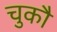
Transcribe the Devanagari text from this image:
चुकौ